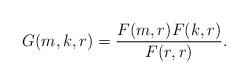
LaTeX: \begin{align*}G(m,k,r)=\frac{F(m,r)F(k,r)}{F(r,r)}.\end{align*}